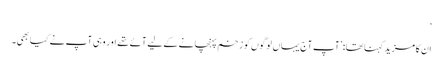
‘
ان کا مزید کہنا تھا: ’آپ آج یہاں لوگوں کو زخم پہنچانے کے لیے آئے تھے اور وہی آپ نے کیا بھی۔